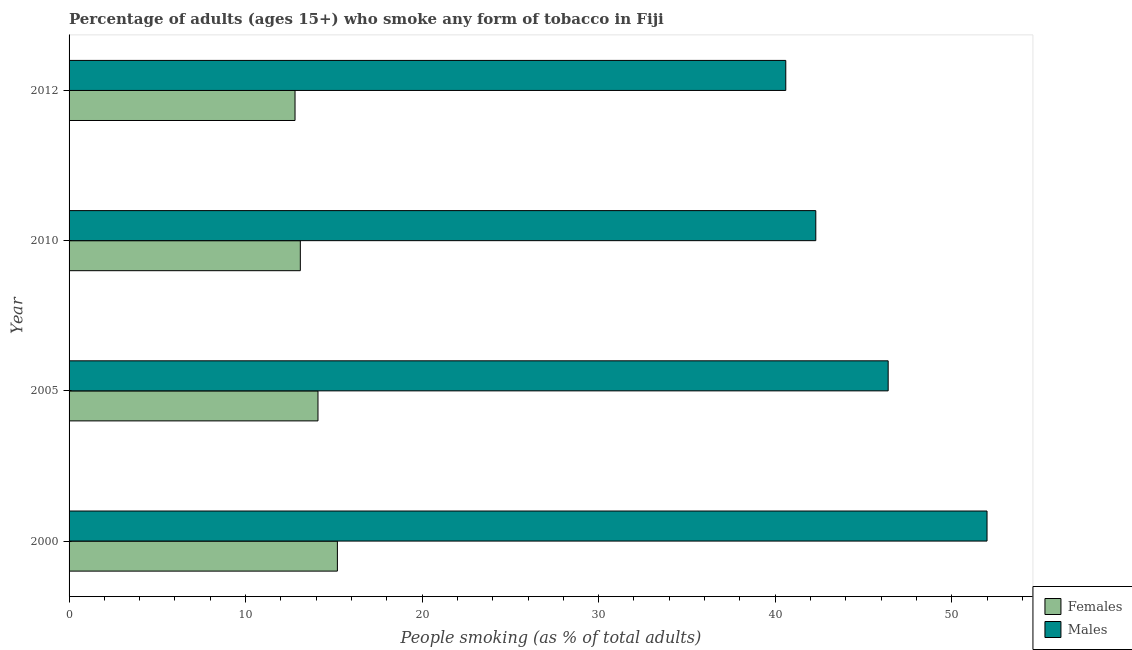
| Year | Females | Males |
 | --- | --- | --- |
 | 2000 | 15.2 | 52 |
 | 2005 | 14.1 | 46.4 |
 | 2010 | 13.1 | 42.3 |
 | 2012 | 12.8 | 40.6 |